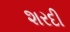
શરદી